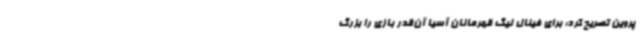
پروین تصریح کرد: برای فینال لیگ قهرمانان آسیا آن‌قدر بازی را بزرگ